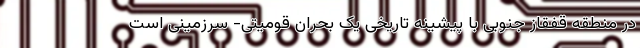
در منطقه قفقاز جنوبی با پیشینه تاریخی یک بحران قومیتی- سرزمینی است